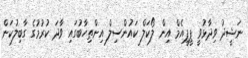
ނަޝީދު ވިދާޅުވީ ޕީޕީއެމް އިން ލޯކަލް ކައުންސިލް އިންތިހާބުގައި ވާދަ ކުރުމުގެ ގާބިލުކަން